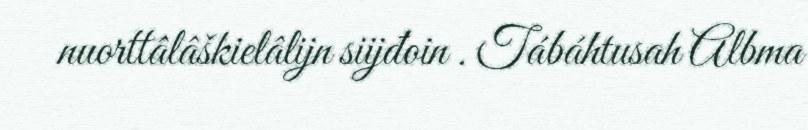
nuorttâlâškielâlijn siijđoin . Tábáhtusah Albma